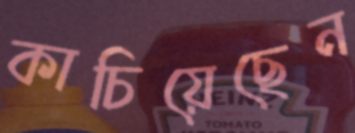
কাচিয়েছেন